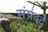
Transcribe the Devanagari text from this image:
संप्रददे